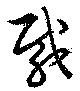
胾